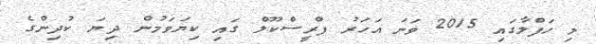
މި ހަފްލާގައި 2015 ވަނަ އަހަރު ޕްރީސްކޫލް ގައި ކިޔަވަމުން ދިޔަ ކުދިންގެ